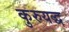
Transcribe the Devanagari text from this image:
कुरुयद्ध